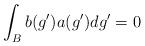
LaTeX: \begin{align*}\int_{B}b(g')a(g')dg'=0\end{align*}